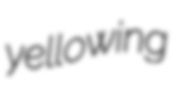
yellowing